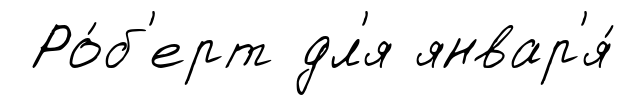
Ро́б'ерт дл'я январ'я́